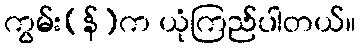
ကွမ်း(န်)က ယုံကြည်ပါတယ်။